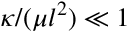
\kappa / ( \mu l ^ { 2 } ) \ll 1